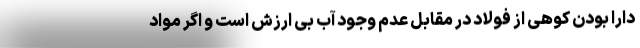
دارا بودن کوهی از فولاد در مقابل عدم وجود آب بی ارزش است و اگر مواد